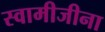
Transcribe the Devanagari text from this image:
स्वामीजीना